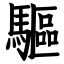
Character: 驅